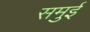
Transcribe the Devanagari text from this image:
समुई